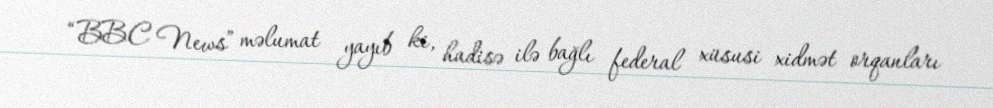
“BBC News” məlumat yayıb ki, hadisə ilə bağlı federal xüsusi xidmət orqanları